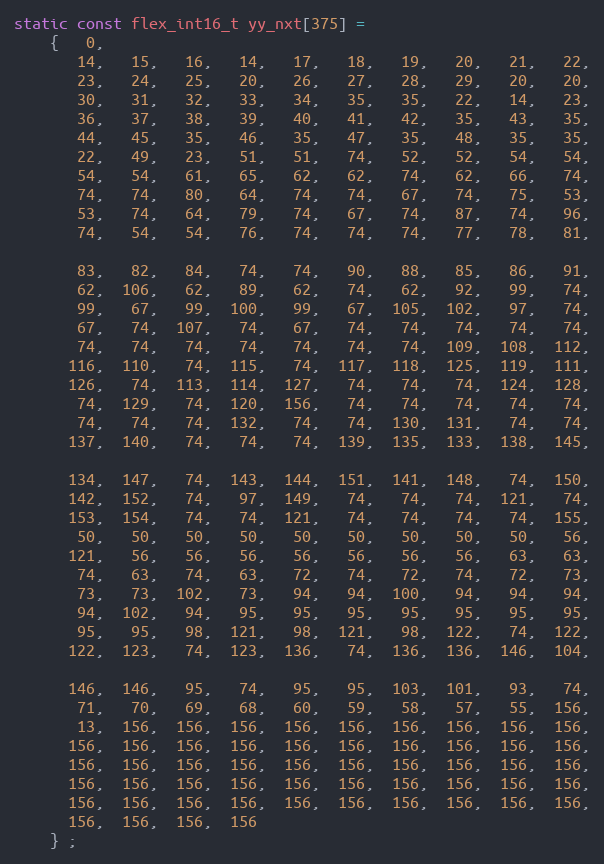
Language: C
static const flex_int16_t yy_nxt[375] =
    {   0,
       14,   15,   16,   14,   17,   18,   19,   20,   21,   22,
       23,   24,   25,   20,   26,   27,   28,   29,   20,   20,
       30,   31,   32,   33,   34,   35,   35,   22,   14,   23,
       36,   37,   38,   39,   40,   41,   42,   35,   43,   35,
       44,   45,   35,   46,   35,   47,   35,   48,   35,   35,
       22,   49,   23,   51,   51,   74,   52,   52,   54,   54,
       54,   54,   61,   65,   62,   62,   74,   62,   66,   74,
       74,   74,   80,   64,   74,   74,   67,   74,   75,   53,
       53,   74,   64,   79,   74,   67,   74,   87,   74,   96,
       74,   54,   54,   76,   74,   74,   74,   77,   78,   81,

       83,   82,   84,   74,   74,   90,   88,   85,   86,   91,
       62,  106,   62,   89,   62,   74,   62,   92,   99,   74,
       99,   67,   99,  100,   99,   67,  105,  102,   97,   74,
       67,   74,  107,   74,   67,   74,   74,   74,   74,   74,
       74,   74,   74,   74,   74,   74,   74,  109,  108,  112,
      116,  110,   74,  115,   74,  117,  118,  125,  119,  111,
      126,   74,  113,  114,  127,   74,   74,   74,  124,  128,
       74,  129,   74,  120,  156,   74,   74,   74,   74,   74,
       74,   74,   74,  132,   74,   74,  130,  131,   74,   74,
      137,  140,   74,   74,   74,  139,  135,  133,  138,  145,

      134,  147,   74,  143,  144,  151,  141,  148,   74,  150,
      142,  152,   74,   97,  149,   74,   74,   74,  121,   74,
      153,  154,   74,   74,  121,   74,   74,   74,   74,  155,
       50,   50,   50,   50,   50,   50,   50,   50,   50,   56,
      121,   56,   56,   56,   56,   56,   56,   56,   63,   63,
       74,   63,   74,   63,   72,   74,   72,   74,   72,   73,
       73,   73,  102,   73,   94,   94,  100,   94,   94,   94,
       94,  102,   94,   95,   95,   95,   95,   95,   95,   95,
       95,   95,   98,  121,   98,  121,   98,  122,   74,  122,
      122,  123,   74,  123,  136,   74,  136,  136,  146,  104,

      146,  146,   95,   74,   95,   95,  103,  101,   93,   74,
       71,   70,   69,   68,   60,   59,   58,   57,   55,  156,
       13,  156,  156,  156,  156,  156,  156,  156,  156,  156,
      156,  156,  156,  156,  156,  156,  156,  156,  156,  156,
      156,  156,  156,  156,  156,  156,  156,  156,  156,  156,
      156,  156,  156,  156,  156,  156,  156,  156,  156,  156,
      156,  156,  156,  156,  156,  156,  156,  156,  156,  156,
      156,  156,  156,  156
    } ;